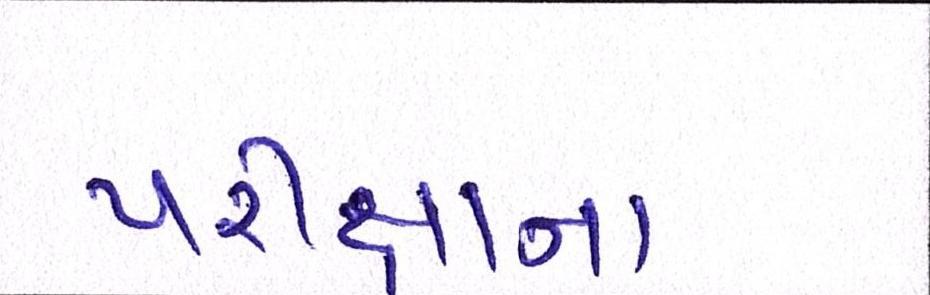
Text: પરીક્ષાના